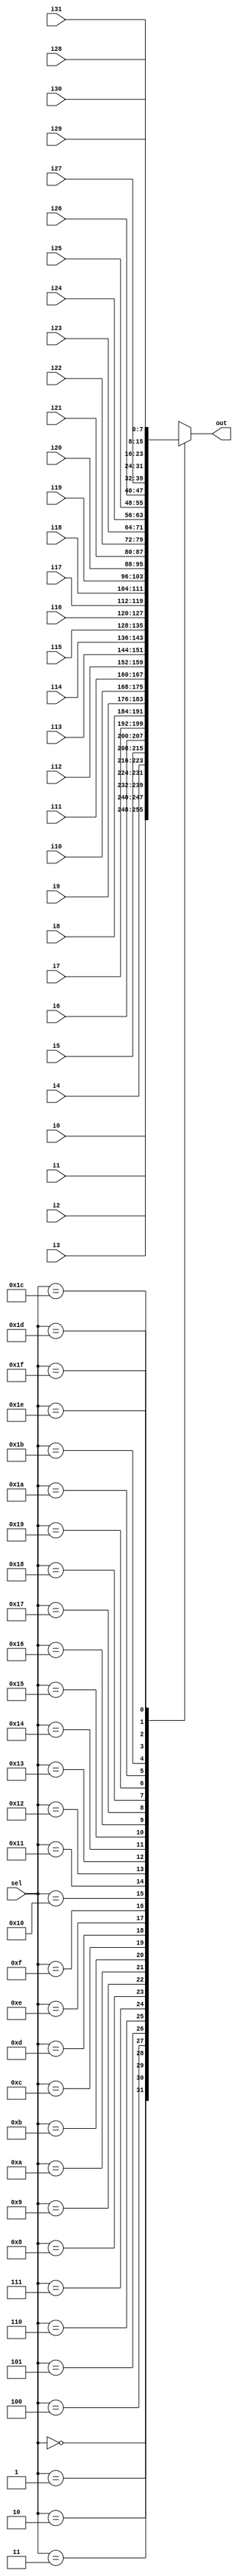
module MUX_32bit(i0, i1, i2, i3, i4, i5, i6, i7, i8, i9, i10, i11, i12, i13, i14, i15, i16, i17, i18, i19, i20, i21, i22, i23, i24, i25, i26, i27, i28, i29, i30, i31,
                sel, out);


    input [7:0] i0, i1, i2, i3, i4, i5, i6, i7, i8, i9, i10, i11, i12, i13, i14, i15, i16, i17, i18, i19, i20, i21, i22, i23, i24, i25, i26, i27, i28, i29, i30, i31;
    input [4:0] sel;
    output reg [7:0] out;

    always @(*) begin
        case(sel)
            5'b00000: out = i0;
            5'b00001: out = i1;
            5'b00010: out = i2;
            5'b00011: out = i3;
            5'b00100: out = i4;
            5'b00101: out = i5;
            5'b00110: out = i6;
            5'b00111: out = i7;
            5'b01000: out = i8;
            5'b01001: out = i9;
            5'b01010: out = i10;
            5'b01011: out = i11;
            5'b01100: out = i12;
            5'b01101: out = i13;
            5'b01110: out = i14;
            5'b01111: out = i15;
            5'b10000: out = i16;
            5'b10001: out = i17;
            5'b10010: out = i18;
            5'b10011: out = i19;
            5'b10100: out = i20;
            5'b10101: out = i21;
            5'b10110: out = i22;
            5'b10111: out = i23;
            5'b11000: out = i24;
            5'b11001: out = i25;
            5'b11010: out = i26;
            5'b11011: out = i27;
            5'b11100: out = i28;
            5'b11101: out = i29;
            5'b11110: out = i30;
            5'b11111: out = i31;
            default: out = 8'b00000000;
        endcase
    end
endmodule